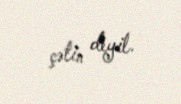
çətin deyil.